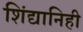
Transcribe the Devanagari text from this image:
शिंद्यानिही